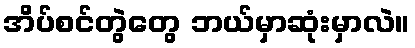
အိပ်စင်တွဲတွေ ဘယ်မှာဆုံးမှာလဲ။